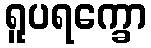
ရူပရက္ခော